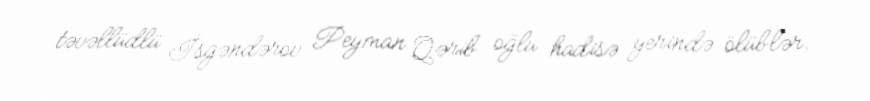
təvəllüdlü İsgəndərov Peyman Qərib oğlu hadisə yerində ölüblər.